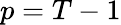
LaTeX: p=T-1